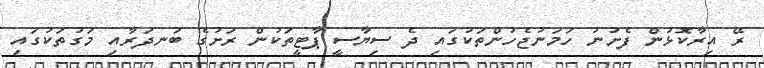
ރޭ އިރާކޮޅުން ފެށުނު ހަމަނުޖެހުންތަކުގައި ދެ ސިޔާސީ ޕާޓީތަކުން ރަށުގެ ބަނދަރާއި މަގުތަކުގައި